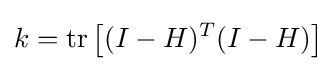
k=\operatorname {tr} \left[(I-H)^{T}(I-H)\right]